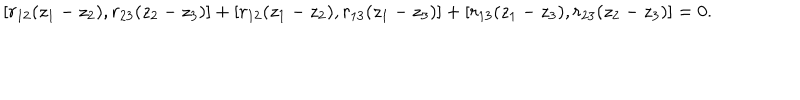
LaTeX: [ r _ { 1 2 } ( z _ { 1 } - z _ { 2 } ) , r _ { 2 3 } ( z _ { 2 } - z _ { 3 } ) ] + [ r _ { 1 2 } ( z _ { 1 } - z _ { 2 } ) , r _ { 1 3 } ( z _ { 1 } - z _ { 3 } ) ] + [ r _ { 1 3 } ( z _ { 1 } - z _ { 3 } ) , r _ { 2 3 } ( z _ { 2 } - z _ { 3 } ) ] = 0 .